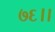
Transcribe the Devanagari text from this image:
७६।।